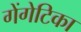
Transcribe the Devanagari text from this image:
गेंगेटिका